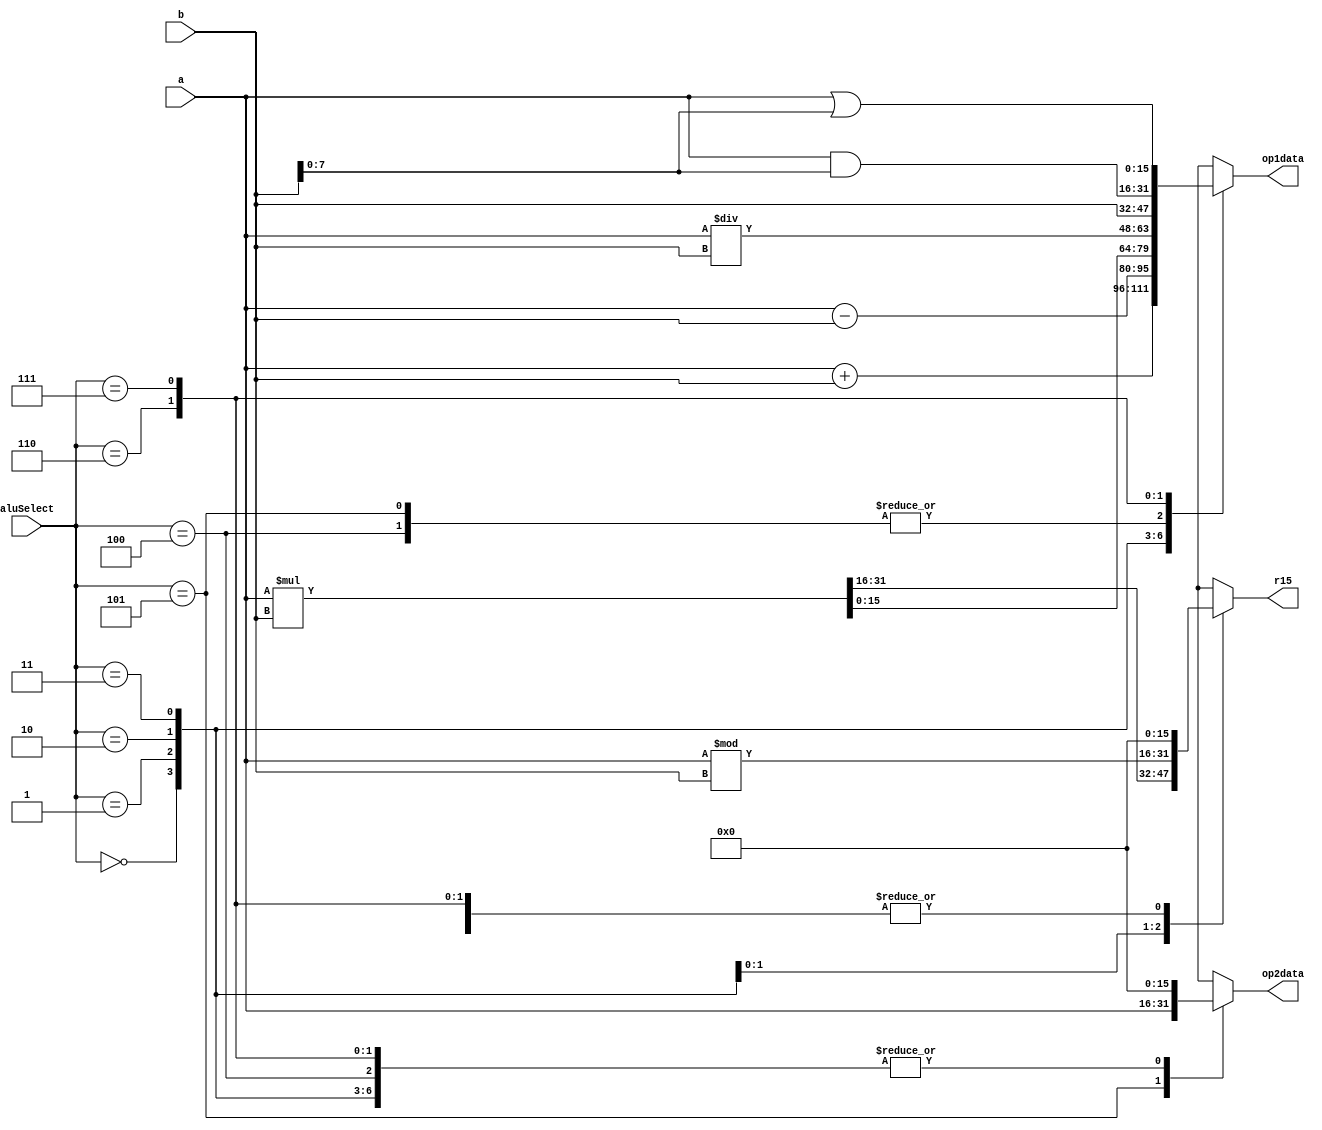
/*
 * Module by Chase Jones
 */

module alu(
	input signed [15:0]a, b, 
	input [2:0] aluSelect, 
	output reg signed[15:0] op1data, op2data, r15
);

reg signed [31:0] a32, b32, o32;

always@(*)
begin
	a32 = 32'b0;
	b32 = 32'b0;
	o32 = 32'b0;

	case(aluSelect)
	
	3'b000:begin
		op1data = a+b;
		op2data = 16'b0;
		r15 = 16'b0;
	end	

	3'b001:begin
		op1data = a-b;
		op2data = 16'b0;
		r15 = 16'b0;
	end
	
	3'b010:begin
		a32 = { {16{a[15]}}, a[15:0]};
		b32 = { {16{b[15]}}, b[15:0]};
		o32 = a32 * b32;
	
		op1data = o32[15:0];
		r15 = o32[31:16];
		op2data = 16'b0;
	end

	3'b011:begin
		op1data = a/b;
		r15 = a%b;
		op2data = 16'b0;
	end

	3'b100:begin
		op1data = b;
		op2data = 16'b0;
		r15 = 16'b0;
	end

	3'b101:begin
		op1data = b;
		op2data = a;
		r15 = 16'b0;
	end

	3'b110:begin
		op1data = a & { {8'b0}, b[7:0]};
		op2data = 16'b0;
		r15 = 16'b0;
	end

	3'b111:begin
		op1data = a | { {8'b0}, b[7:0]};
		op2data = 16'b0;
		r15 = 16'b0;
	end

	default:begin
		op1data = a+b;
		op2data = 16'b0;
		r15 = 16'b0;
	end

	endcase
end



endmodule